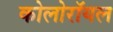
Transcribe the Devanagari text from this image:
कोलोरॉयल